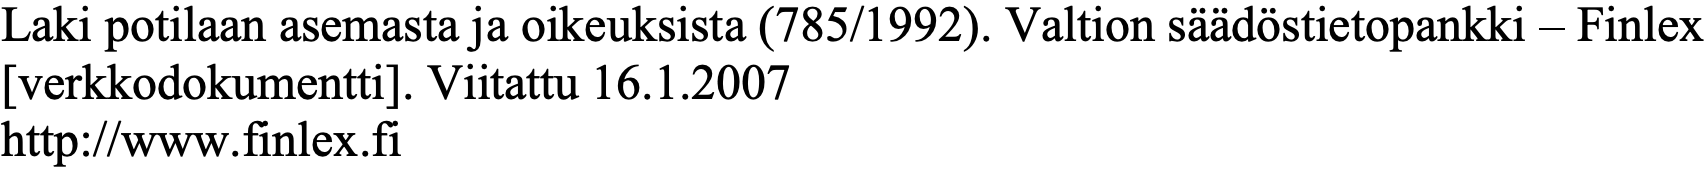
Laki potilaan asemasta ja oikeuksista (785/1992). Valtion säädöstietopankki – Finlex [verkkodokumentti]. Viitattu 16.1.2007 http://www.finlex.fi